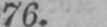
76.